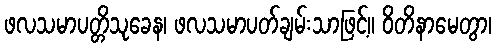
ဖလသမာပတ္တိသုခေန၊ ဖလသမာပတ်ချမ်းသာဖြင့်။ ဝိတိနာမေတွာ၊